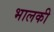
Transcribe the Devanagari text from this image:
भालकी